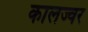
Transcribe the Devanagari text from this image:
कालज्वर